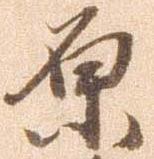
原